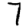
Digit: 7